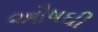
ઔષઘી